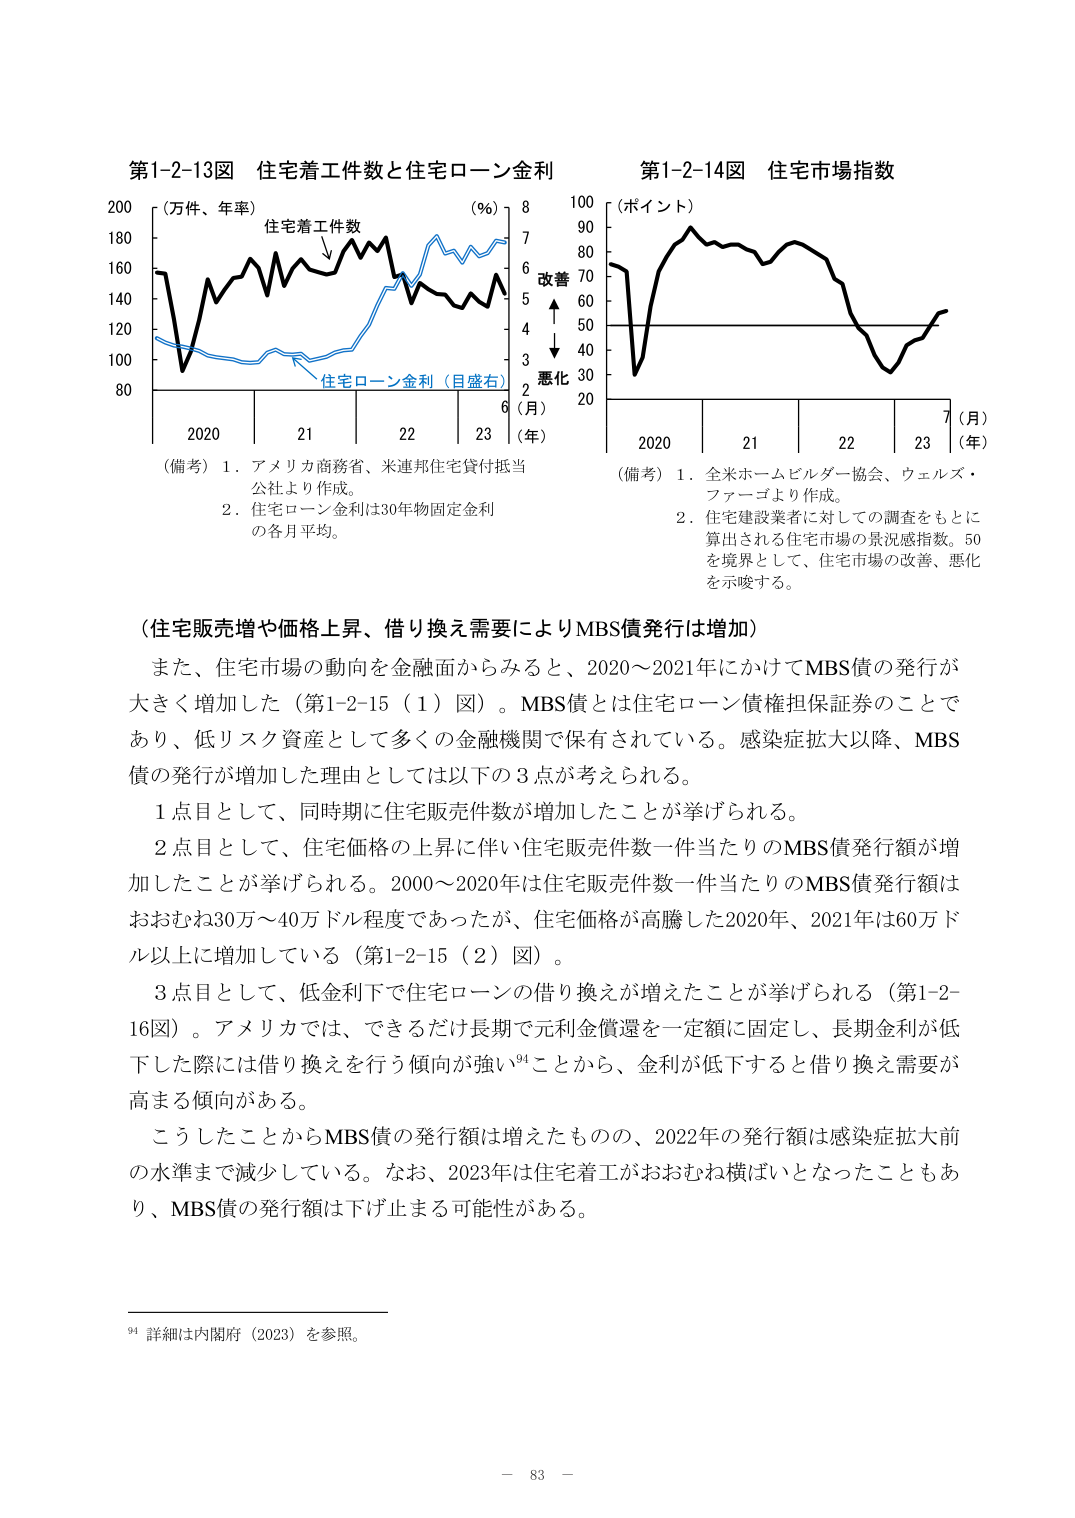
第1-2-13図 住宅着工件数と住宅ローン金利
（万件、年率）
住宅着工件数
（％）
8
7
6
5
4
3
2
改善
悪化
（月）
（年）
2020 21 22 23
（備考）1．アメリカ商務省、米連邦住宅貸付担当公社より作成。
2．住宅ローン金利は30年物固定金利の各月平均。

第1-2-14図 住宅市場指数
（ポイント）
100
90
80
70
60
50
40
30
20
（月）
（年）
2020 21 22 23
（備考）1．全米ホームビルダー協会、ウェルズ・ファーゴより作成。
2．住宅建設業者に対しての調査をもとに算出される住宅市場の景況感指数。50を境界として、住宅市場の改善、悪化を示唆する。

（住宅販売増や価格上昇、借り換え需要によりMBS債発行は増加）
また、住宅市場の動向を金融面からみると、2020～2021年にかけてMBS債の発行が大きく増加した（第1-2-15（1）図）。MBS債とは住宅ローン債権担保証券のことであり、低リスク資産として多くの金融機関で保有されている。感染症拡大以降、MBS債の発行が増加した理由としては以下の3点が考えられる。

1点目として、同時期に住宅販売件数が増加したことが挙げられる。

2点目として、住宅価格の上昇に伴い住宅販売件数一件当たりのMBS債発行額が増加したことが挙げられる。2000～2020年は住宅販売件数一件当たりのMBS債発行額はおおむね30万～40万ドル程度であったが、住宅価格が高騰した2020年、2021年は60万ドル以上に増加している（第1-2-15（2）図）。

3点目として、低金利下で住宅ローンの借り換えが増えたことが挙げられる（第1-2-16図）。アメリカでは、できるだけ長期で元利金償還を一定額に固定し、長期金利が低下した際には借り換えを行う傾向が強い⁹⁴ことから、金利が低下すると借り換え需要が高まる傾向がある。

こうしたことからMBS債の発行額は増えたものの、2022年の発行額は感染症拡大前の水準まで減少している。なお、2023年は住宅着工がおおむね横ばいとなったこともあり、MBS債の発行額は下げ止まる可能性がある。

⁹⁴ 詳細は内閣府（2023）を参照。

－ 83 －